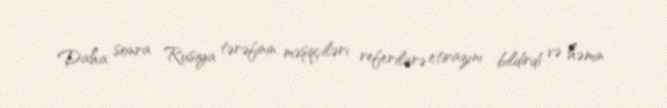
Daha sonra Rusiya tərəfinin məşqçiləri referilərə etirazını bildirdi və həmin